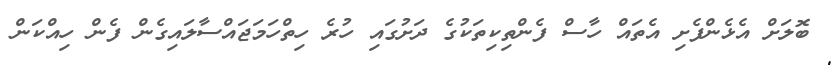
ބޮލަށް އެޅެންފެށި އެތައް ހާސް ފެންތިކިތަކުގެ ދަށުގައި ހުރެ ހިތްހަމަޖައްސާލައިގެން ފެން ހިއްކަން